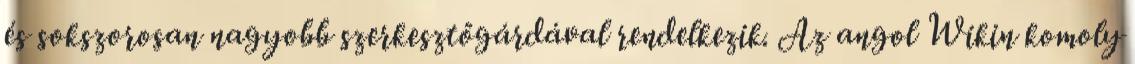
és sokszorosan nagyobb szerkesztőgárdával rendelkezik. Az angol Wikin komoly